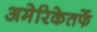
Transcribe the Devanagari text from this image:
अमेरिकेतर्फे